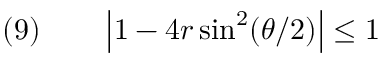
\quad ( 9 ) \qquad \left\vert 1 - 4 r \sin ^ { 2 } ( \theta / 2 ) \right\vert \leq 1